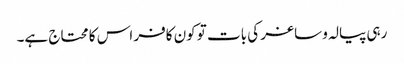
رہی پیالہ و ساغر کی بات تو کون کافر اس کا محتاج ہے۔